Lunatic asylums Burma 1907-21 - 1907-1921
Year: 1907
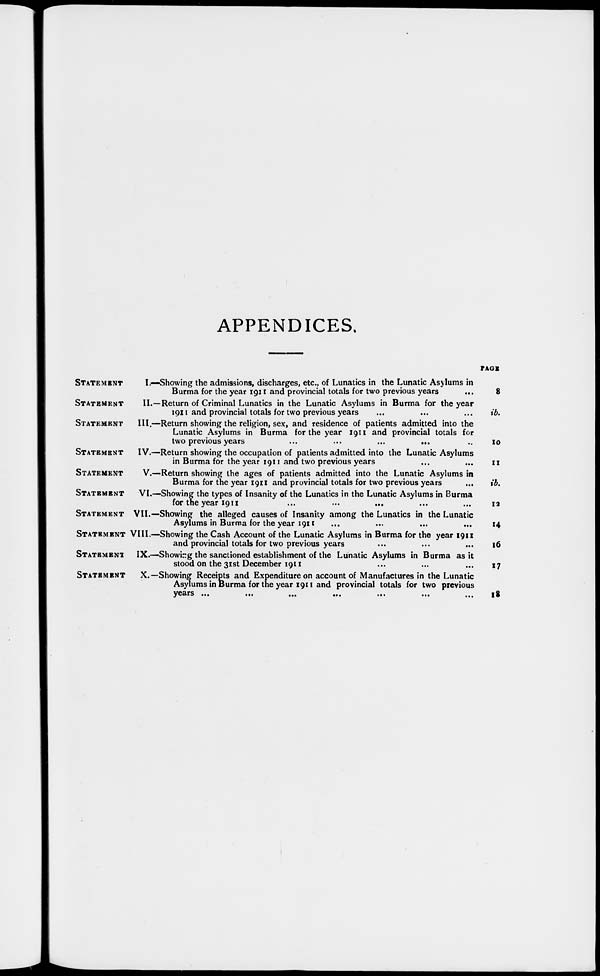
APPENDICES.
STATEMENT
I.—Showing the admissions, discharges, etc., of Lunatics in the Lunatic Asylums in
Burma for the year 1911 and provincial totals for two previous years ...
STATEMENT
II.—Return of Criminal Lunatics in the Lunatic Asylums in Burma for the year
1911 and provincial totals for two previous years ... ... ... ...
STATEMENT
III.—Return showing the religion, sex, and residence of patients admitted into the
Lunatic Asylums in Burma for the year 1911 and provincial totals for
two previous years
...
...
...
...
STATEMENT
IV.—Return showing the occupation of patients admitted into the Lunatic Asylums
in Burma for the year 1911 and two previous years ... ... ... ...
STATEMENT
V.—Return showing the ages of patients admitted into the Lunatic Asylums in
Burma for the year 1911 and provincial totals for two previous years
STATEMENT
VI.—Showing the types of Insanity of the Lunatics in the Lunatic Asylums in Burma
for the year 1911
...
...
...
STATEMENT VII.—Showing the alleged causes of Insanity among the Lunatics in the Lunatic
Asylums in Burma for the year 1911
STATEMENT VIII.—Showing the Cash Account of the Lunatic Asylums in Burma for the year 1911
and provincial totals for two previous years
STATEMENT IX.—Showing the sanctioned establishment of the Lunatic Asylums in Burma as it
stood on the 31st December 1911
STATEMENT
X.—Showing Receipts and Expenditure on account of Manufactures in the Lunatic
Asylums in Burma for the year 1911 and provincial totals for two previous
years ...
...
...
...
...
...
...
PAGE
8
ib.
10
11
ib.
12
14
16
17
18